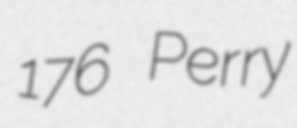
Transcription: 176 Perry